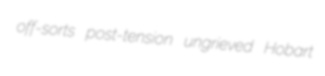
off-sorts post-tension ungrieved Hobart